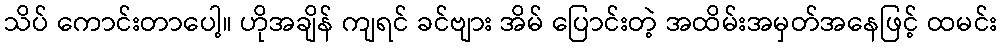
သိပ် ကောင်းတာပေါ့။ ဟိုအချိန် ကျရင် ခင်ဗျား အိမ် ပြောင်းတဲ့ အထိမ်းအမှတ်အနေဖြင့် ထမင်း